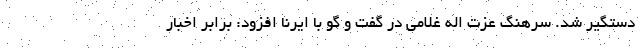
دستگیر شد. سرهنگ عزت اله غلامی در گفت و گو با ایرنا افزود: برابر اخبار